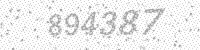
Solution: 894387